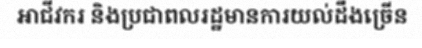
អាជីវករ និងប្រជាពលរដ្ឋមានការយល់ដឹងច្រើន